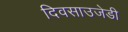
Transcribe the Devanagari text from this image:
दिवसाउजेडी